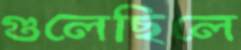
গুলেছিলে